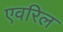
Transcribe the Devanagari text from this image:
एवरिल